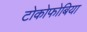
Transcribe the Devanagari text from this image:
टोकोफोबिया